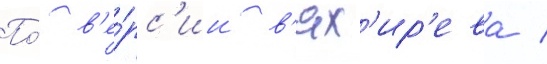
По́ в'е́рс'ии в'ях'ир'ева /